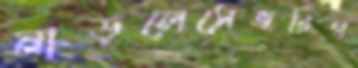
নাড়লেসেভরিগ